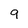
Character: 9